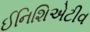
ઈનિશિએટીવ